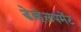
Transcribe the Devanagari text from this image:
डेव्हेलपमेंट